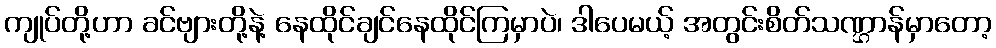
ကျုပ်တို့ဟာ ခင်ဗျားတို့နဲ့ နေထိုင်ချင်နေထိုင်ကြမှာပဲ၊ ဒါပေမယ့် အတွင်းစိတ်သဏ္ဌာန်မှာတော့